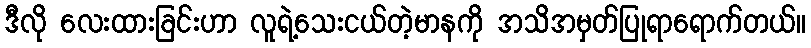
ဒီလို လေးထားခြင်းဟာ လူရဲ့သေးငယ်တဲ့မာနကို အသိအမှတ်ပြုရာရောက်တယ်။